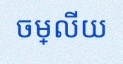
ចម្លើយ